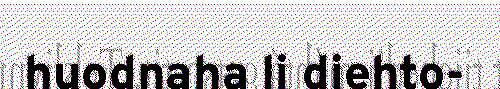
huodnaha li diehto-